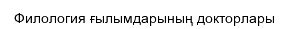
Филология ғылымдарының докторлары